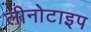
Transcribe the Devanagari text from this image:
लीनोटाइप